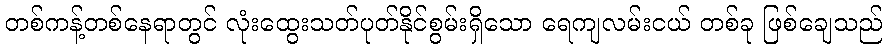
တစ်ကန့်တစ်နေရာတွင် လုံးထွေးသတ်ပုတ်နိုင်စွမ်းရှိသော ရေကျလမ်းငယ် တစ်ခု ဖြစ်ချေသည်